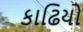
કાઢિયો